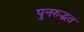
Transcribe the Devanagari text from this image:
पुनरुद्भव